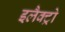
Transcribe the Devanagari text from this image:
इलैक्ट्रो